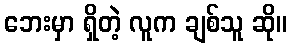
ဘေးမှာ ရှိတဲ့ လူက ချစ်သူ ဆို။